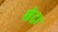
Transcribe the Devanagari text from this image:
सेट्रा